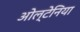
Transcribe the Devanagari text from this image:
ओल्टेनिया